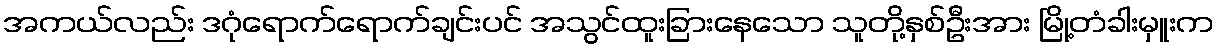
အကယ်လည်း ဒဂုံရောက်ရောက်ချင်းပင် အသွင်ထူးခြားနေသော သူတို့နှစ်ဦးအား မြို့တံခါးမှူးက